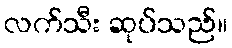
လက်သီး ဆုပ်သည်။